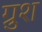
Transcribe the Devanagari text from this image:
ग्रुश